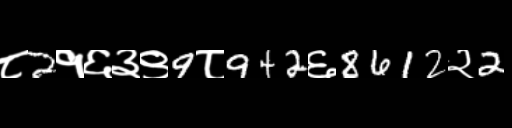
Text: ८2१६३९9८942६8612२2